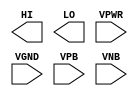
module sky130_fd_sc_hdll__conb (
    HI  ,
    LO  ,
    VPWR,
    VGND,
    VPB ,
    VNB
);

    output HI  ;
    output LO  ;
    input  VPWR;
    input  VGND;
    input  VPB ;
    input  VNB ;
endmodule